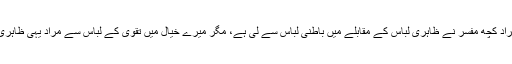
آیت میں جو آگے تقویٰ کے لباس کا ذکر ہے اس مراد کچھ مفسر نے ظاہری لباس کے مقابلے میں باطنی لباس سے لی ہے، مگر میرے خیال میں تقویٰ کے لباس سے مراد یہی ظاہری لباس ہے جو ستر کو چھپائے اور باعث زینت ہو۔